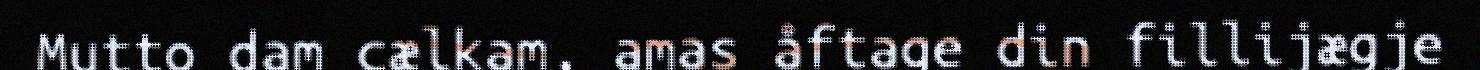
Mutto dam cælkam, amas åftage din fillijægje